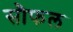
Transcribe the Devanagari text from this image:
सौफल